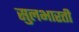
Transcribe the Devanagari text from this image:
सुलभारती